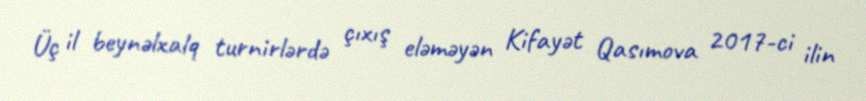
Üç il beynəlxalq turnirlərdə çıxış eləməyən Kifayət Qasımova 2017-ci ilin